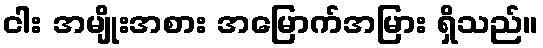
ငါး အမျိုးအစား အမြောက်အမြား ရှိသည်။